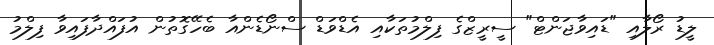
ލީޑު ރޯލާއި "ޑައިވާޖަންޓް" ސީރީޒްގެ ފިލްމުތަކާއި އެޑްވަޑް ސްނޯޑެންއާ ބެހޭގޮތުން އުފައްދާފައިވާ ފިލްމު